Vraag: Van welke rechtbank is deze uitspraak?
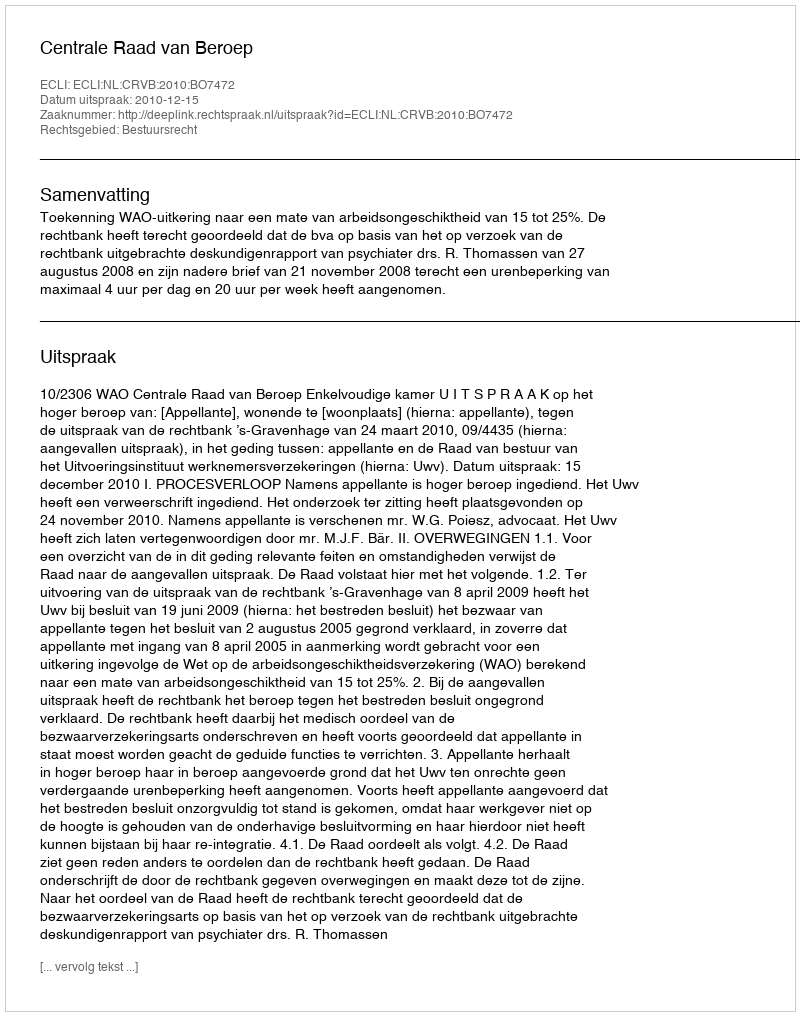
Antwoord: Centrale Raad van Beroep